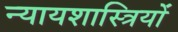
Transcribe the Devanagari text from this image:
न्यायशास्त्रियों